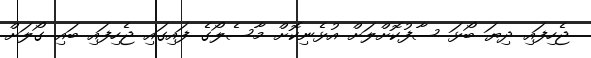
ޖެހިފައި ދިޔަ ބޯޅަ ސާފުކޮށްލަށް އުޅެނިކޮށް މާސެލޯގެ ފައިގައި ޖެހިފައި ބައި ގޯލަށް